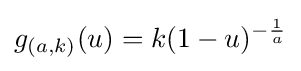
g_{(a,k)}(u)=k(1-u)^{-{\frac {1}{a}}}